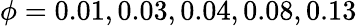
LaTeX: \phi=0.01,0.03,0.04,0.08,0.13